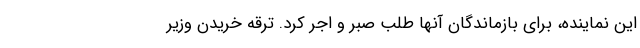
این نماینده، برای بازماندگان آنها طلب صبر و اجر کرد. ترقه خریدن وزیر